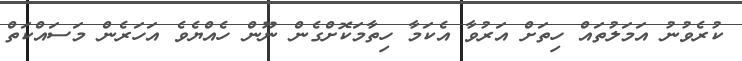
ކުރެވުނު އަމަލުތައް ހިތަށް އަރުވާ އެކަމާ ހިތާމަކޮށްގެން ނޫން ހެއްޔެވެ އަހަރެން މަސައްކަތް